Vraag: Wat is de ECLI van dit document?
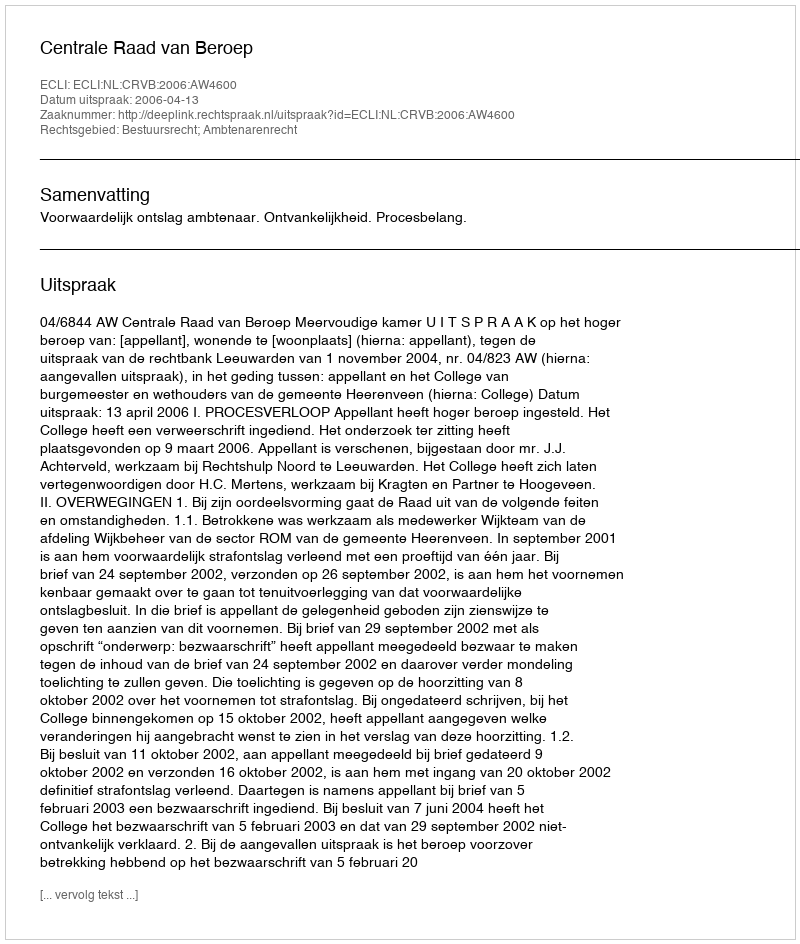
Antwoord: ECLI:NL:CRVB:2006:AW4600